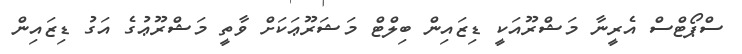
ސްޕޯޓްސް އެރީނާ މަޝްރޫއަކީ ޑިޒައިން ބިލްޓް މަޝަރޫޢަކަށް ވާތީ މަޝްރޫޢުގެ އަގު ޑިޒައިން